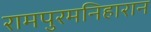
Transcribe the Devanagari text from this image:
रामपुरमनिहारान